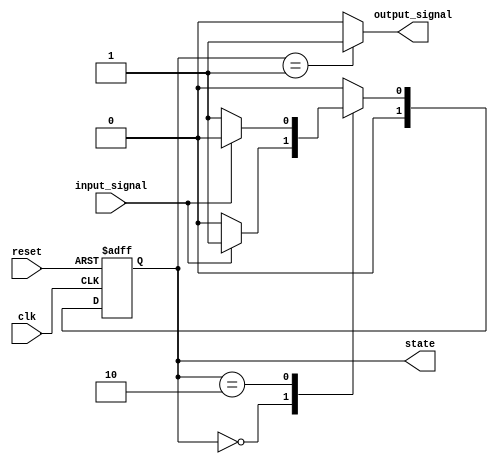
module moore_state_machine (
    input wire clk,              // Clock signal
    input wire reset,            // Asynchronous reset
    input wire input_signal,      // Input signal affecting state transitions
    output reg [1:0] state,      // Current state
    output reg output_signal      // Output signal based on current state
);

// State encoding
localparam S0 = 2'b00; // State 0
localparam S1 = 2'b01; // State 1
localparam S2 = 2'b10; // State 2

// State transition logic
always @(*) begin
    case (state)
        S0: begin
            if (input_signal) begin
                next_state = S1;
            end else begin
                next_state = S0;
            end
        end
        S1: begin
            if (input_signal) begin
                next_state = S2;
            end else begin
                next_state = S0;
            end
        end
        S2: begin
            if (input_signal) begin
                next_state = S0;
            end else begin
                next_state = S1;
            end
        end
        default: next_state = S0; // Default state
    endcase
end

// State register with reset
always @(posedge clk or posedge reset) begin
    if (reset) begin
        state <= S0; // Initialize to state S0 on reset
    end else begin
        state <= next_state; // Update state on clock edge
    end
end

// Output logic based on current state
always @(*) begin
    case (state)
        S0: output_signal = 1'b0; // Output for state S0
        S1: output_signal = 1'b1; // Output for state S1
        S2: output_signal = 1'b0; // Output for state S2
        default: output_signal = 1'b0; // Default output
    endcase
end

endmodule